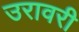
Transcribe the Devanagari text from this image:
उरावरी